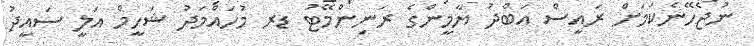
ނުޖެހޭނެކަމަށް ރައީސް އަބްދު ޔާމީންގެ ރަނިންމޭޓު ޑރ މުހައްމަދު ޝަހީމް އަލީ ސައީދު